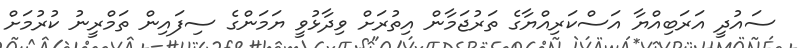
ސައުދީ އަރަބިއްޔާ އަސްކަރިއްޔާގެ ތަރުޖަމާން އިތުރަށް ވިދާޅުވީ ޔަމަންގެ ސިފައިން ތަމްރީނު ކުރުމަށް